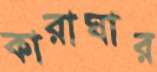
কারাঘার